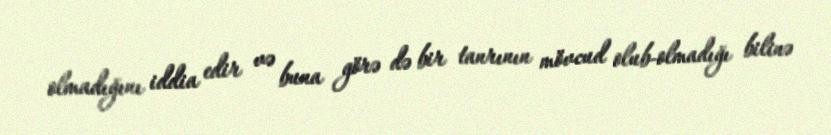
olmadığını iddia edir və buna görə də bir tanrının mövcud olub-olmadığı bilinə